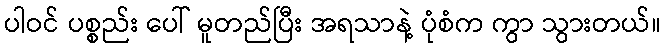
ပါဝင် ပစ္စည်း ပေါ် မူတည်ပြီး အရသာနဲ့ ပုံစံက ကွာ သွားတယ်။